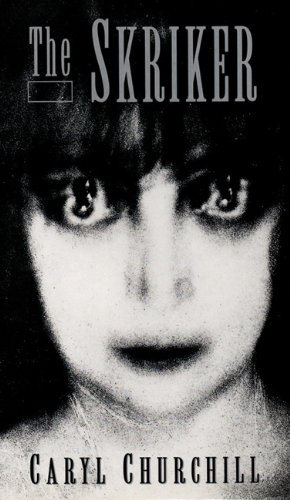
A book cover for The Skriker; Caryl Churchill; Literature & Fiction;